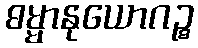
ဓမ္မာနုယောဂဉ္စ